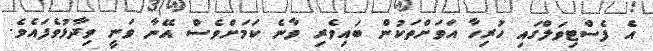
އެ ފެސްޓިވަލްގައި ހުރިހާ އަވަށްތަކުން ބައިވެރި ވާނެ ކަމަށްވެސް އޭނާ ވަނީ ވިދާޅުވެފައެވެ.